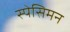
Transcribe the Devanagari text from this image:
स्पेसिमन